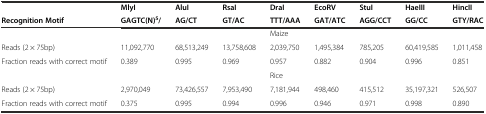
<table><thead><tr><td></td><td><b>MlyI</b></td><td><b>AluI</b></td><td><b>RsaI</b></td><td><b>DraI</b></td><td><b>EcoRV</b></td><td><b>StuI</b></td><td><b>HaeIII</b></td><td><b>HincII</b></td></tr><tr><td><b>Recognition Motif</b></td><td><b>GAGTC(N)<sup>5</sup>/</b></td><td><b>AG/CT</b></td><td><b>GT/AC</b></td><td><b>TTT/AAA</b></td><td><b>GAT/ATC</b></td><td><b>AGG/CCT</b></td><td><b>GG/CC</b></td><td><b>GTY/RAC</b></td></tr></thead><tbody><tr><td></td><td></td><td></td><td></td><td>Maize</td><td></td><td></td><td></td><td></td></tr><tr><td>Reads (2 × 75bp)</td><td>11,092,770</td><td>68,513,249</td><td>13,758,608</td><td>2,039,750</td><td>1,495,384</td><td>785,205</td><td>60,419,585</td><td>1,011,458</td></tr><tr><td>Fraction reads with correct motif</td><td>0.389</td><td>0.995</td><td>0.969</td><td>0.957</td><td>0.882</td><td>0.904</td><td>0.996</td><td>0.851</td></tr><tr><td></td><td></td><td></td><td></td><td>Rice</td><td></td><td></td><td></td><td></td></tr><tr><td>Reads (2 × 75bp)</td><td>2,970,049</td><td>73,426,557</td><td>7,953,490</td><td>7,181,944</td><td>498,460</td><td>415,512</td><td>35,197,321</td><td>526,507</td></tr><tr><td>Fraction reads with correct motif</td><td>0.375</td><td>0.995</td><td>0.994</td><td>0.996</td><td>0.946</td><td>0.971</td><td>0.998</td><td>0.890</td></tr></tbody></table>